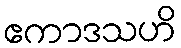
ဧကာဒသဟိ